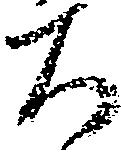
ち